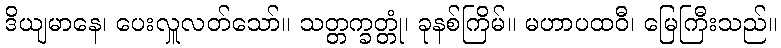
ဒိယျမာနေ၊ ပေးလှူလတ်သော်။ သတ္တက္ခတ္တုံ၊ ခုနစ်ကြိမ်။ မဟာပထဝီ၊ မြေကြီးသည်။